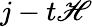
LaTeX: j-t\mathscr{H}